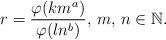
LaTeX: \begin{align*}r=\frac{\varphi(km^a)}{\varphi(ln^b)},\, m, \, n\in\mathbb{N}.\end{align*}